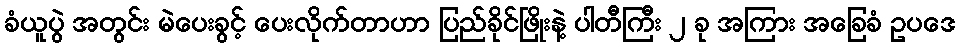
ခံယူပွဲ အတွင်း မဲပေးခွင့် ပေးလိုက်တာဟာ ပြည်ခိုင်ဖြိုးနဲ့ ပါတီကြီး ၂ ခု အကြား အခြေခံ ဥပဒေ